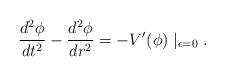
LaTeX: \begin{align*}\frac{d^2\phi }{dt^2}-\frac{d^2\phi }{dr^2}=-V^{\prime }(\phi )\mid_{\epsilon =0}.\end{align*}